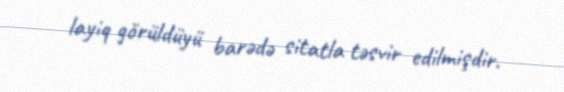
layiq görüldüyü barədə sitatla təsvir edilmişdir.